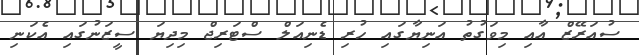
ސުއަރޭޒް އާއި މިވަގުތު އަނިޔާގައި ހުރި ޑެނިއަލް ސްޓަރިޖް މިދިޔަ ސީޒަނުގައި އެކަނި